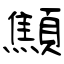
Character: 顦